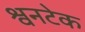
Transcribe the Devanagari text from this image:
श्वनटेक